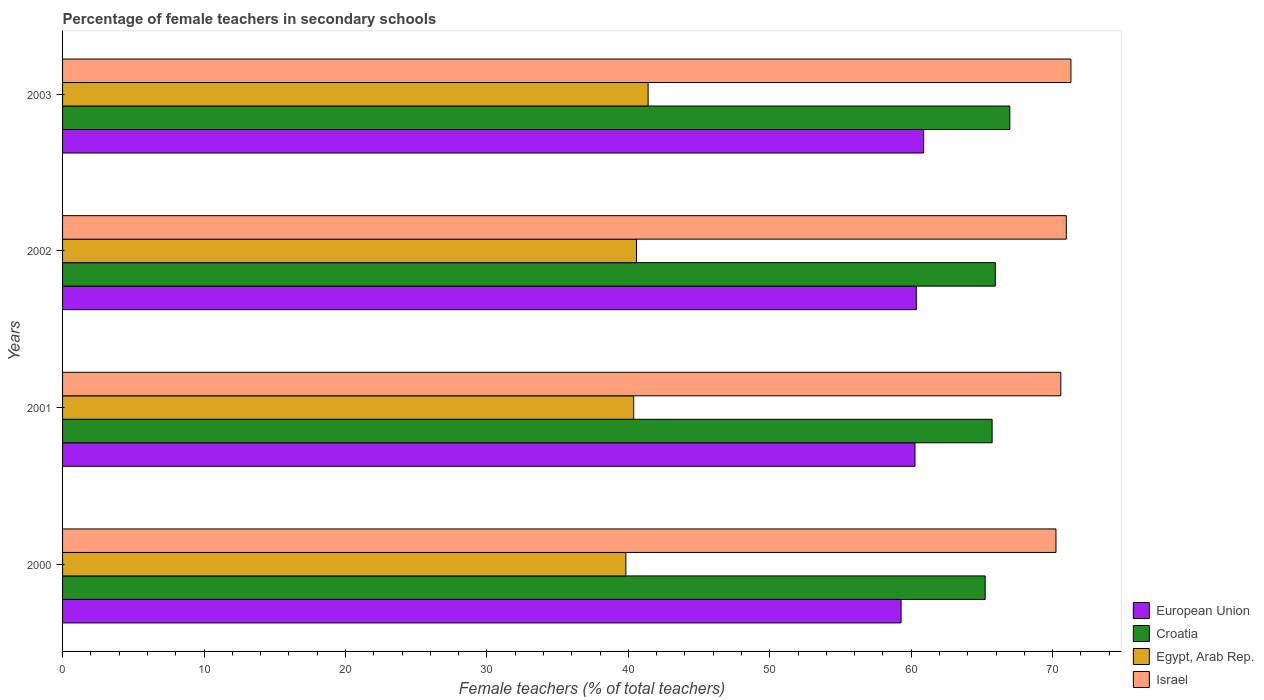
| Years | European Union | Croatia | Egypt, Arab Rep. | Israel |
 | --- | --- | --- | --- | --- |
 | 2000 | 59.3 | 65.2 | 39.8 | 70.2 |
 | 2001 | 60.3 | 65.7 | 40.4 | 70.6 |
 | 2002 | 60.4 | 66 | 40.6 | 71 |
 | 2003 | 60.9 | 67 | 41.4 | 71.3 |